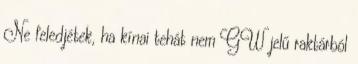
Ne feledjétek, ha kínai tehát nem GW jelű raktárból